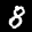
Label: 8